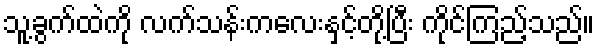
သူ့ခွက်ထဲကို လက်သန်းကလေးနှင့်တို့ပြီး ကိုင်ကြည့်သည်။